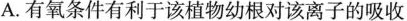
A. 有氧条件有利于该植物幼根对该离子的吸收